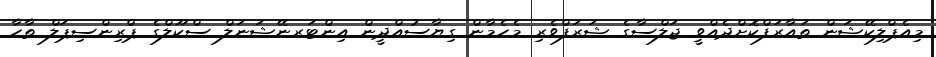
މިއެޕްލިކޭޝަން ތައާރަފްކޮށްދެއްވީ ޖަލްސާގެ ޝަރަފްވެރި މެހެމާން ގިޔާސުއްދީން އިންޓަރނޭޝަނަލް ސްކޫލްގެ ޕްރިންސިޕަލް ތާހާ